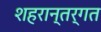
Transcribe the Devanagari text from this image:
शहरान्तर्गत